Ernst_Jaakson, lk 23
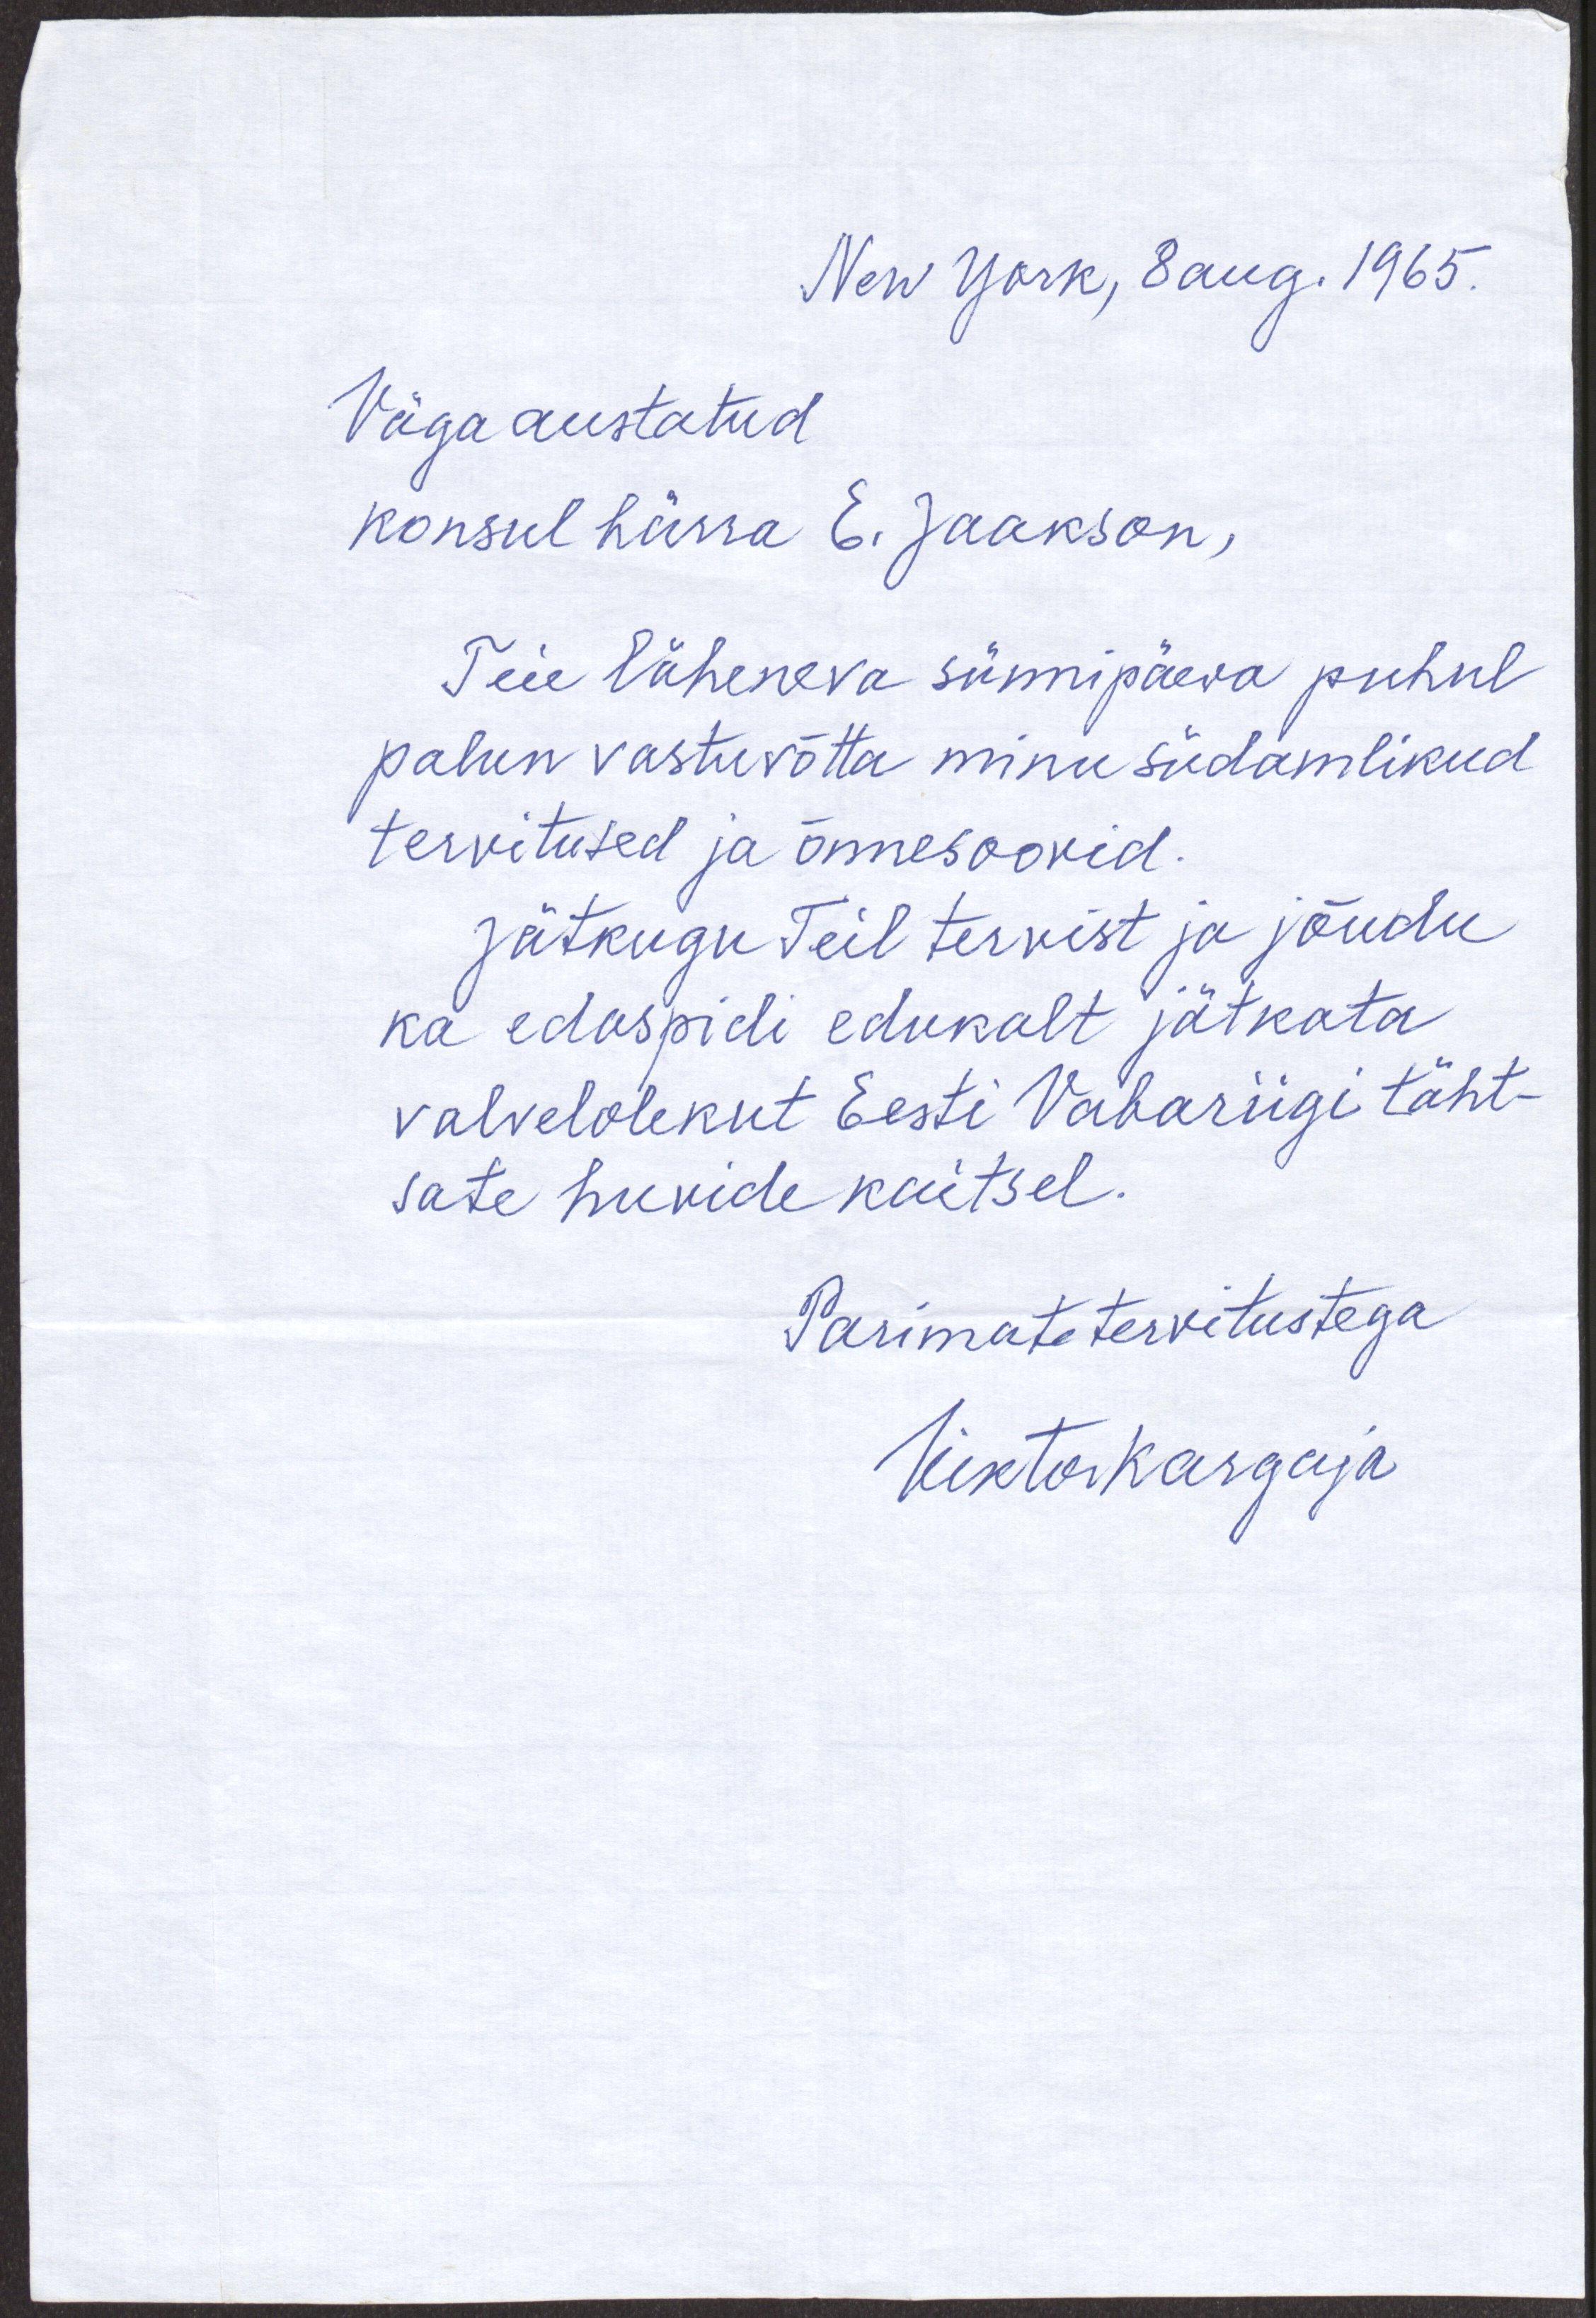
New York, 8 aug. 1965.
Väga austatud
konsul härra E. Jaakson,
Teie läheneva sünnipäeva puhul,
palun vastu võtta minu südamlikud
tervitused ja õnnesoovid.
Jätkugu Teil tervist ja jõudu
ka edaspidi edukalt jätkata
valvelolekut Eesti Vabariigi täht-
sate huvide kaitsel.
Parimate tervitustega
Viktor Kargaja